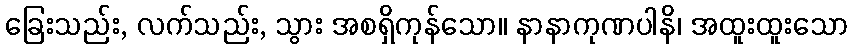
ခြေးသည်း, လက်သည်း, သွား အစရှိကုန်သော။ နာနာကုဏပါနိ၊ အထူးထူးသော